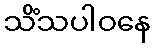
သိံသပါဝနေ